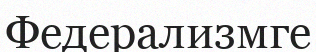
Федерализмге